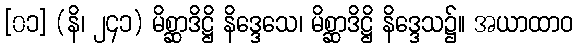
[၀၁] (နိ၊ ၂၄၁) မိစ္ဆာဒိဋ္ဌိ နိဒ္ဒေသေ၊ မိစ္ဆာဒိဋ္ဌိ နိဒ္ဒေသ၌။ အယာထာဝ